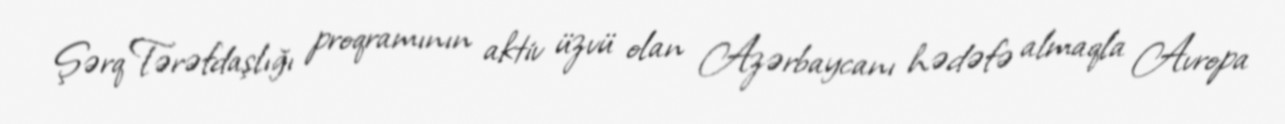
Şərq Tərəfdaşlığı proqramının aktiv üzvü olan Azərbaycanı hədəfə almaqla Avropa